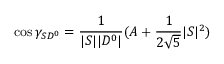
\cos \gamma _ { S D ^ { 0 } } = { \frac { 1 } { | S | | D ^ { 0 } | } } ( A + { \frac { 1 } { 2 \sqrt 5 } } | S | ^ { 2 } )